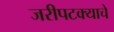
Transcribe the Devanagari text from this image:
जरीपटक्याचे